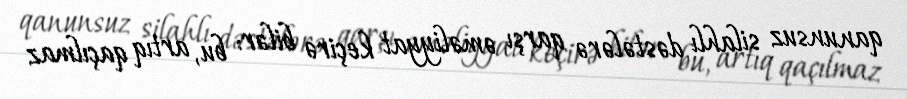
qanunsuz silahlı dəstələrə qarşı əməliyyat keçirə bilər: bu, artıq qaçılmaz